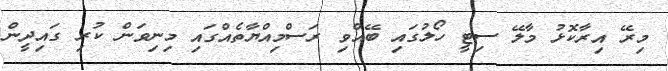
މިރޭ އިރާކޮޅު މާލޭ ސިޓީ ހޯލުގައި ބޭއްވި ރަސްމިއްޔާތެއްގައި މިނިވަން ކުރި ގައިދީން